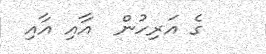
ގެ އަރިހުން  އާއި އާއި